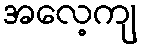
အလေ့ကျ